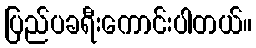
ပြည်ပခရီးကောင်းပါတယ်။